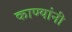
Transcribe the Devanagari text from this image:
काण्यांनी